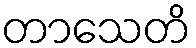
တာသေတိ